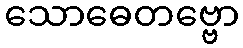
သောဓေတဗ္ဗော